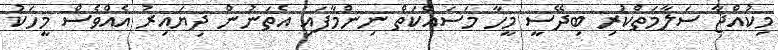
މިކުއްޖާ ސަލާމަތްކުރި ބިދޭސީ މީހާ މަސައްކަތް ނިންމާފައި އެތަނުން ދިޔައިރު އެއްވެސް މީހަކު